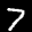
Label: 7